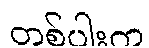
တစ်ပါးက